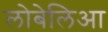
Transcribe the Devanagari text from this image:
लोबेलिआ